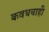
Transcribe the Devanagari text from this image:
कवधचाही